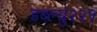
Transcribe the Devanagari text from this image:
डब्ल्यु२२१